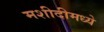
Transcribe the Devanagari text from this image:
मशीदीमध्ये